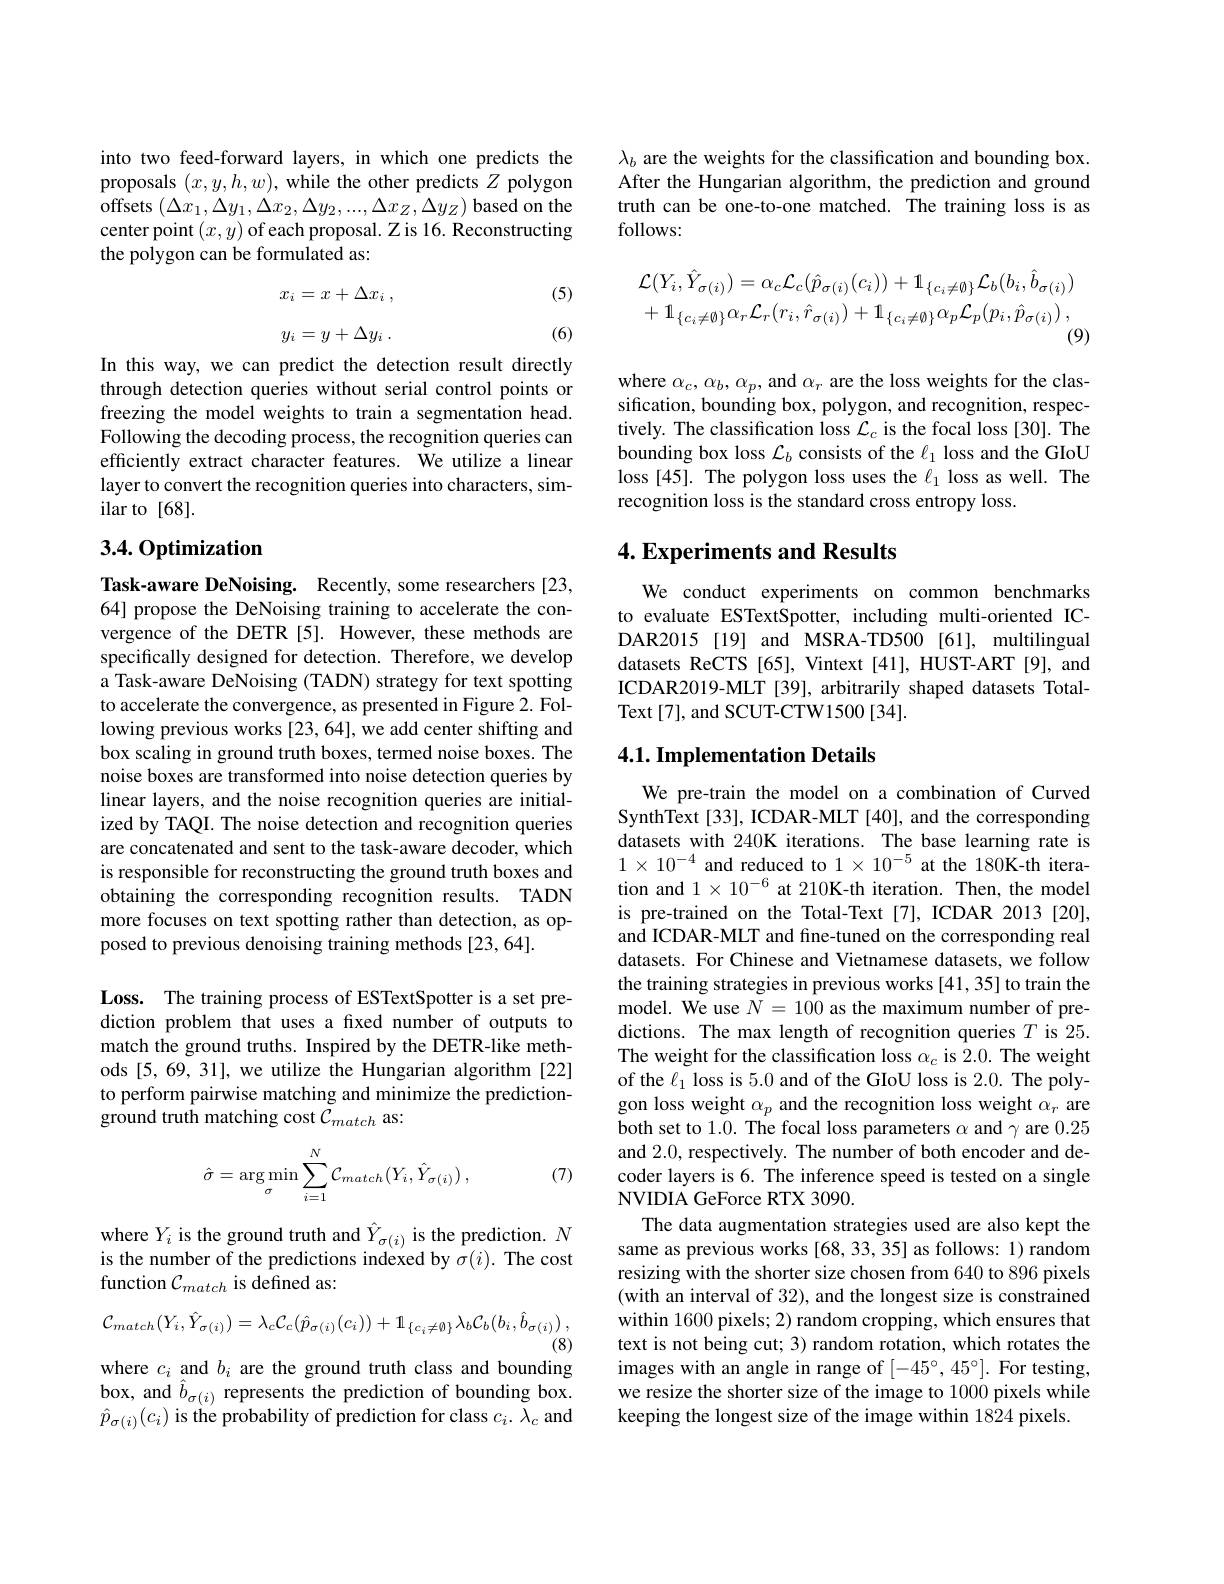
into two feed-forward layers, in which one predicts the proposals $(x,y,h,w)$, while the other predicts $Z$ polygon offsets $(\Delta x_{1},\Delta y_{1},\Delta x_{2},\Delta y_{2},...,\Delta x_{Z},\Delta y_{Z})$ based on the center point $(x,y)$ of each proposal. Z is 16. Reconstructing the polygon can be formulated as:

(5)
$$\begin{array}{c}x_i=x+\Delta x_i\:,\\\\y_i=y+\Delta y_i\:.\end{array}$$
(6)

In this way, we can predict the detection result directly through detection queries without serial control points or freezing the model weights to train a segmentation head. Following the decoding process, the recognition queries can efficiently extract character features. We utilize a linear layer to convert the recognition queries into characters, similar to [68].

## 3.4. Optimization

Task-aware DeNoising. Recently, some researchers[23, 64] propose the DeNoising training to accelerate the convergence of the DETR [5]. However, these methods are specifically designed for detection. Therefore, we develop a Task-aware DeNoising (TADN) strategy for text spotting to accelerate the convergence, as presented in Figure 2. Following previous works [23, 64], we add center shifting and box scaling in ground truth boxes, termed noise boxes. The noise boxes are transformed into noise detection queries by linear layers, and the noise recognition queries are initialized by TAQI. The noise detection and recognition queries are concatenated and sent to the task-aware decoder, which is responsible for reconstructing the ground truth boxes and obtaining the corresponding recognition results. TADN more focuses on text spotting rather than detection, as opposed to previous denoising training methods [23,64].

Loss. The training process of ESTextSpotter is a set prediction problem that uses a fixed number of outputs to match the ground truths. Inspired by the DETR-like methods [5,69, 31], we utilize the Hungarian algorithm [22] to perform pairwise matching and minimize the predictionground truth matching cost $\dot{C}_{match}$ as:
$$\hat{\sigma}=\arg\min_{\sigma}\sum_{i=1}^{N}\mathcal{C}_{match}(Y_{i},\hat{Y}_{\sigma(i)})\:,$$
(7)

where $Y_i$ is the ground truth and $\hat{Y}_{\sigma(i)}$ is the prediction. $N$ is the number of the predictions indexed by $\sigma(i).$ The cost function $\mathcal{C}_{match}$ is defined as:
$$\mathcal{C}_{match}(Y_{i},\hat{Y}_{\sigma(i)})=\lambda_{c}\mathcal{C}_{c}(\hat{p}_{\sigma(i)}(c_{i}))+\mathbb{1}_{\{c_{i}\neq\emptyset\}}\lambda_{b}\mathcal{C}_{b}(b_{i},\hat{b}_{\sigma(i)})\:,$$
(8)
where $c_i$ and $b_i$ are the ground truth class and bounding

$\begin{array}{l}{\mathrm{box,~and~}\hat{b}_{\sigma(i)}\text{ represents the prediction of bounding box.}}\\{\hat{p}_{\sigma(i)}(c_{i})\text{ is the probability of prediction for class }c_{i}.\lambda_{c}\text{ and}}\\\end{array}$

$\lambda_b$ are the weights for the classification and bounding box. After the Hungarian algorithm, the prediction and ground truth can be one-to-one matched. The training loss is as follows:
$$\begin{aligned}&\mathcal{L}(Y_{i},\hat{Y}_{\sigma(i)})=\alpha_{c}\mathcal{L}_{c}(\hat{p}_{\sigma(i)}(c_{i}))+\mathbf{1}_{\{c_{i}\neq\emptyset\}}\mathcal{L}_{b}(b_{i},\hat{b}_{\sigma(i)})\\&+1_{\{c_{i}\neq\emptyset\}}\alpha_{r}\mathcal{L}_{r}(r_{i},\hat{r}_{\sigma(i)})+1_{\{c_{i}\neq\emptyset\}}\alpha_{p}\mathcal{L}_{p}(p_{i},\hat{p}_{\sigma(i)})\:,\end{aligned}$$
where $\alpha_c,\alpha_b,\alpha_p$, and $\alpha_r$ are the loss weights for the classification, bounding box, polygon, and recognition, respectively. The classification loss $\mathcal{L}_c$ is the focal loss [30]. The bounding box loss $\mathcal{L}_b$ consists of the $\ell_1$ loss and the GIoU loss [45]. The polygon loss uses the $\ell_1$ loss as well. The recognition loss is the standard cross entropy loss.

# 4. Experiments and Results

We conduct experiments on common benchmarks to evaluate ESTextSpotter, including multi-oriented ICDAR2015 [19] and MSRA-TD500 [61], multilingual datasets ReCTS [65], Vintext [41], HUST-ART [9], and ICDAR2019-MLT[39], arbitrarily shaped datasets TotalText[7], and SCUT-CTW1500[34].

## 4.1. Implementation Details

We pre-train the model on a combination of Curved SynthText[33], ICDAR-MLT[40], and the corresponding datasets with 240K iterations. The base learning rate is $1\times10^{-4}$ and reduced to $1\times10^-5$ at the 180K-th iteration and $1\times10^{-6}$ at 210K-th iteration. Then, the model is pre-trained on the Total-Text[7], ICDAR 2013[20], and ICDAR-MLT and fine-tuned on the corresponding real datasets. For Chinese and Vietnamese datasets, we follow the training strategies in previous works [41,35] to train the model. We use $N=100$ as the maximum number of predictions. The max length of recognition queries $T$ is 25. The weight for the classification loss $\alpha_c$ is 2.0. The weight of the $\ell_1$ loss is 5.0 and of the GIoU loss is 2.0. The polygon loss weight $\alpha_p$ and the recognition loss weight $\alpha_r$ are both set to 1.0. The focal loss parameters $\alpha$ and $\gamma$ are 0.25 and 2.0, respectively. The number of both encoder and decoder layers is 6. The inference speed is tested on a single NVIDIA GeForce RTX 3090.
The data augmentation strategies used are also kept the same as previous works [68,33,35] as follows: 1) random resizing with the shorter size chosen from 640 to 896 pixels (with an interval of 32), and the longest size is constrained within 1600 pixels; 2) random cropping, which ensures that text is not being cut; 3) random rotation, which rotates the images with an angle in range of $[-45^\circ,45^\circ].$ For testing, we resize the shorter size of the image to 1000 pixels while keeping the longest size of the image within 1824 pixels.